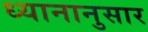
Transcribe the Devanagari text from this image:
ध्यानानुसार